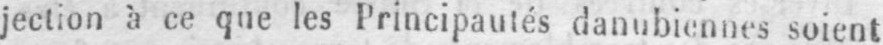
jection à ce que les Principautés danubiennes soient